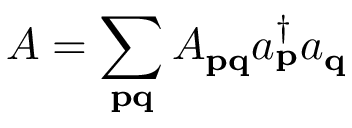
A = \sum _ { \mathbf { p q } } A _ { \mathbf { p q } } a _ { \mathbf { p } } ^ { \dagger } a _ { \mathbf { q } }